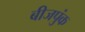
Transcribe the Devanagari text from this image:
बीजपुंक